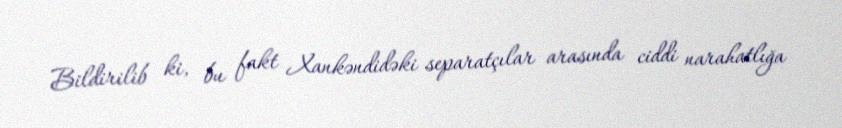
Bildirilib ki, bu fakt Xankəndidəki separatçılar arasında ciddi narahatlığa